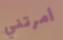
أمرتني